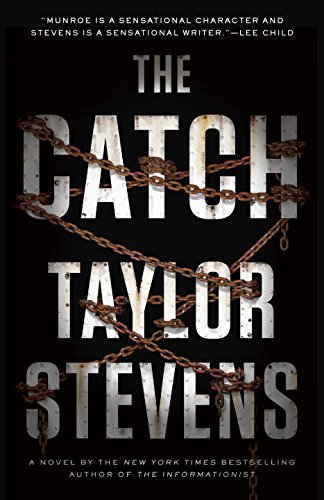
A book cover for The Catch: A Vanessa Michael Munroe Novel; Taylor Stevens; Literature & Fiction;